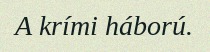
A krími háború.